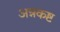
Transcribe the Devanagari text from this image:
अन्नकष्ट